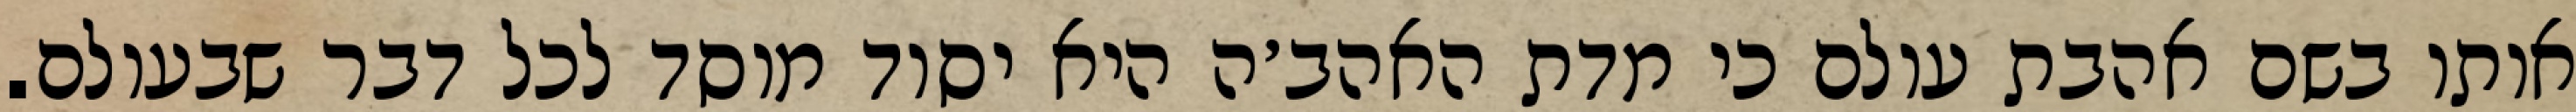
אותו בשם אהבת עולם כי מדת האהב׳ה היא יסוד מוסד לכל דבר שבעולם.